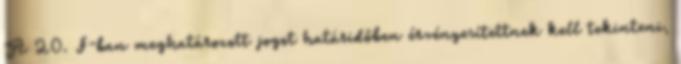
A 20. §-ban meghatározott jogot határidőben érvényesítettnek kell tekinteni,